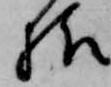
様